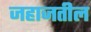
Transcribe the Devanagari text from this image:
जहाजतील